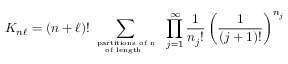
K _ { n \ell } = ( n + \ell ) ! \sum _ { { \mathrm { \scriptsize ~ p a r t i t i o n s ~ o f ~ n ~ } } \atop { \mathrm { \scriptsize ~ o f ~ l e n g t h ~ \ell ~ } } } \; \prod _ { j = 1 } ^ { \infty } \frac { 1 } { { n _ { j } } ! } \left( \frac { 1 } { ( j + 1 ) ! } \right) ^ { n _ { j } }